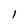
Character: 1